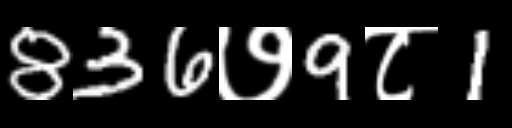
Text: 836७9८1